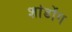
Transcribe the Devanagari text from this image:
शांडोंग